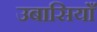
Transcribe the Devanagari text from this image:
उबासियाँ